Annual report on the working of the mental hospitals in the Madras Presidency - 1912-1932
Year: 1912
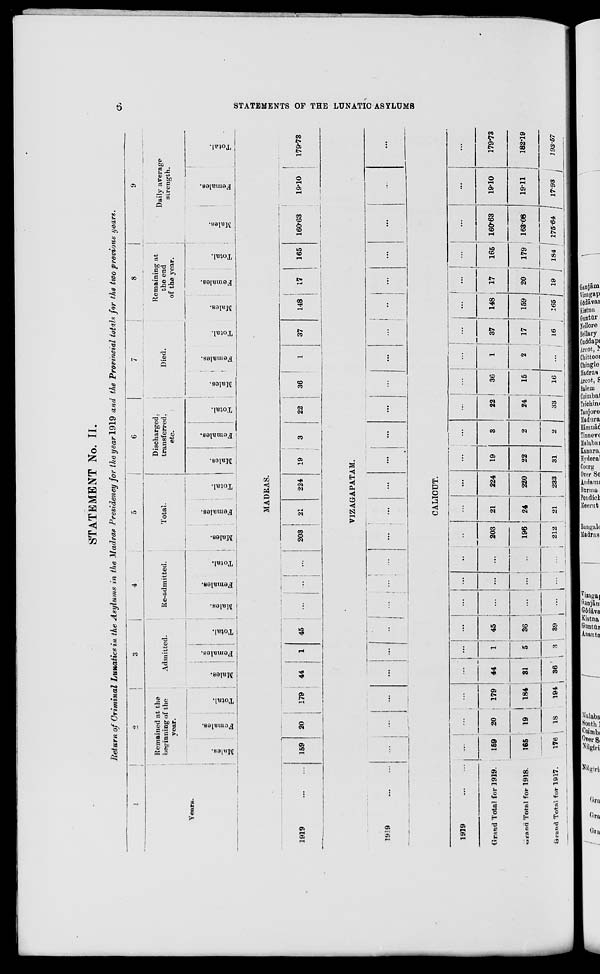
6
STATEMENTS OF THE LUNATIC ASYLUMS
STATEMENT No. II.
Return of Criminal Lunatics in the Asylums in the Madras Presidency for the year 1919 and the Provincial totals for the two previous years.
1
Years.
2
Remained at the
beginning of the
year.
Males.
Females.
Total.
3
Admitted.
Males.
Females.
Total.
4
Re-admitted.
Males.
Females.
Total.
5
Total.
Males.
Females.
Total.
6
Discharged,
transferred,
etc.
Males.
Females.
Total.
7
Died.
Males.
Females.
Total.
8
Remaining at
the end
of the year.
Males.
Females.
Total.
9
Daily average
strength.
Males.
Females.
Total.
MADRAS.
1919
...
...
159
20
179
44
1
45
...
...
...
203
21
224
19
3
22
36
1
37
148
17
165
160.63
19.10
179.73
VIZAGAPATAM.
1919
...
...
...
...
...
...
...
...
...
...
...
...
...
...
...
...
...
...
...
...
...
...
...
...
...
...
CALICUT.
1919
...
...
Grand Total for 1919.
Grand Total for 1918.
Grand Total for 1917.
...
159
165
176
...
20
19
18
...
179
184
194
...
44
31
36
...
1
5
3
...
45
36
39
...
...
...
...
...
...
...
...
...
...
...
...
...
203
196
212
...
21
24
21
...
224
220
233
...
19
22
31
...
3
2
2
...
22
24
33
...
36
15
16
...
1
2
...
...
37
17
16
...
148
159
165
...
17
20
19
...
165
179
184
...
160.63
163.08
175.64
...
19.10
19.11
17.93
...
179.73
182.19
193.57